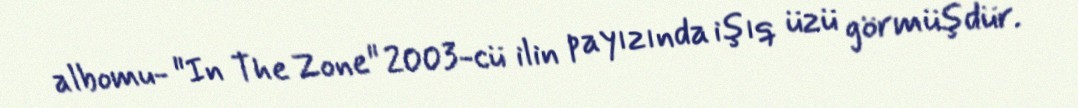
albomu- "In The Zone" 2003-cü ilin payızında işıq üzü görmüşdür.